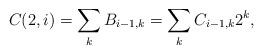
LaTeX: \begin{align*} C(2,i)=\sum_{k} B_{i-1, k} = \sum_{k} C_{i-1, k} 2^k, \end{align*}